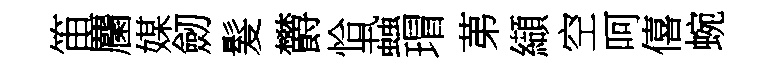
笛麕媒劒髮欝恰蝨瑁苐纈空呵僖蜿